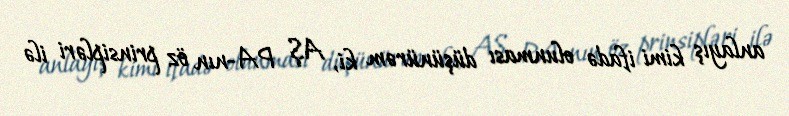
anlayış kimi ifadə olunması düşünürəm ki, AŞ PA-nın öz prinsipləri ilə